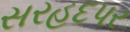
સરહદપર